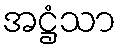
အဋ္ဌံသာ